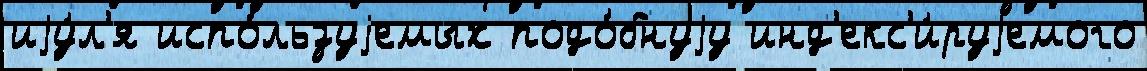
иjу́л'я испо́льзуjемых подо́бнуjу инд'екс'и́руjемого